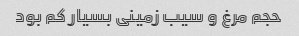
حجم مرغ و سیب زمینی بسیار کم بود